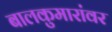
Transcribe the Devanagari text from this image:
बालकुमारांवर